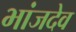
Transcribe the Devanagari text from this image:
भांजदेव